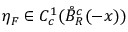
\eta _ { F } \in C _ { c } ^ { 1 } ( \mathring { B } _ { R } ^ { c } ( - x ) )